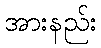
အားနည်း